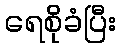
ရေစိုခံပြီး